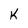
Character: k